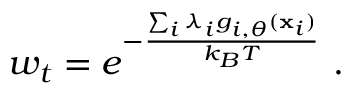
w _ { t } = e ^ { - \frac { \sum _ { i } \lambda _ { i } g _ { i , \theta } ( \mathbf { x } _ { i } ) } { k _ { B } T } } ~ .